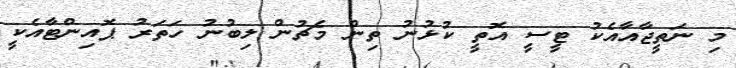
މި ނަތީޖާއާއެކު ޓީސީ އޮތީ ކުޅުނު ތިން މެޗުން ލިބުނު ހަތަރު ޕޮއިންޓާއެކީ